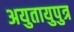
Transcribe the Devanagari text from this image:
अयुतायुपुत्र